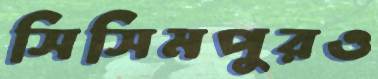
সিসিমপুরও